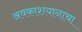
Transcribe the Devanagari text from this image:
अवकाशयानाचा